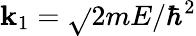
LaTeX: \mathbf{k}_{1}={\sqrt{}{{2mE/\hbar^{2}}}}